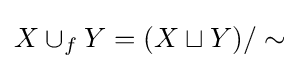
X\cup _{f}Y=(X\sqcup Y)/\sim